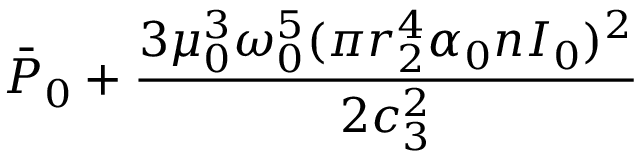
\bar { P } _ { 0 } + \frac { 3 \mu _ { 0 } ^ { 3 } \omega _ { 0 } ^ { 5 } ( \pi r _ { 2 } ^ { 4 } \alpha _ { 0 } n I _ { 0 } ) ^ { 2 } } { 2 c _ { 3 } ^ { 2 } }